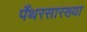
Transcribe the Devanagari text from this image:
पँथरसारख्या